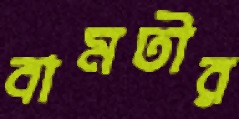
বামতীর